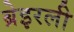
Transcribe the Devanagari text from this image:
ब्रेइरली